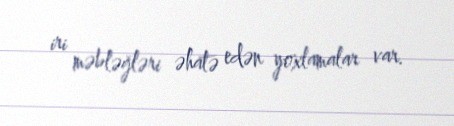
iri məbləğləri əhatə edən yoxlamalar var.